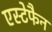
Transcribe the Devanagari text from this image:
एस्टेफैन